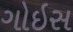
ગોઇસ